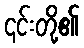
၎င်းတို့၏